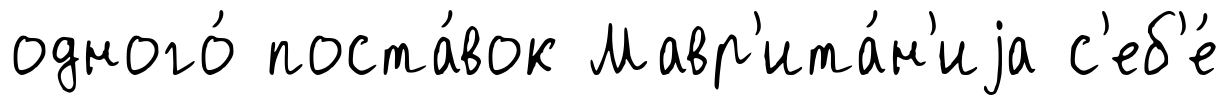
одного́ поста́вок Мавр'ита́н'иjа с'еб'е́